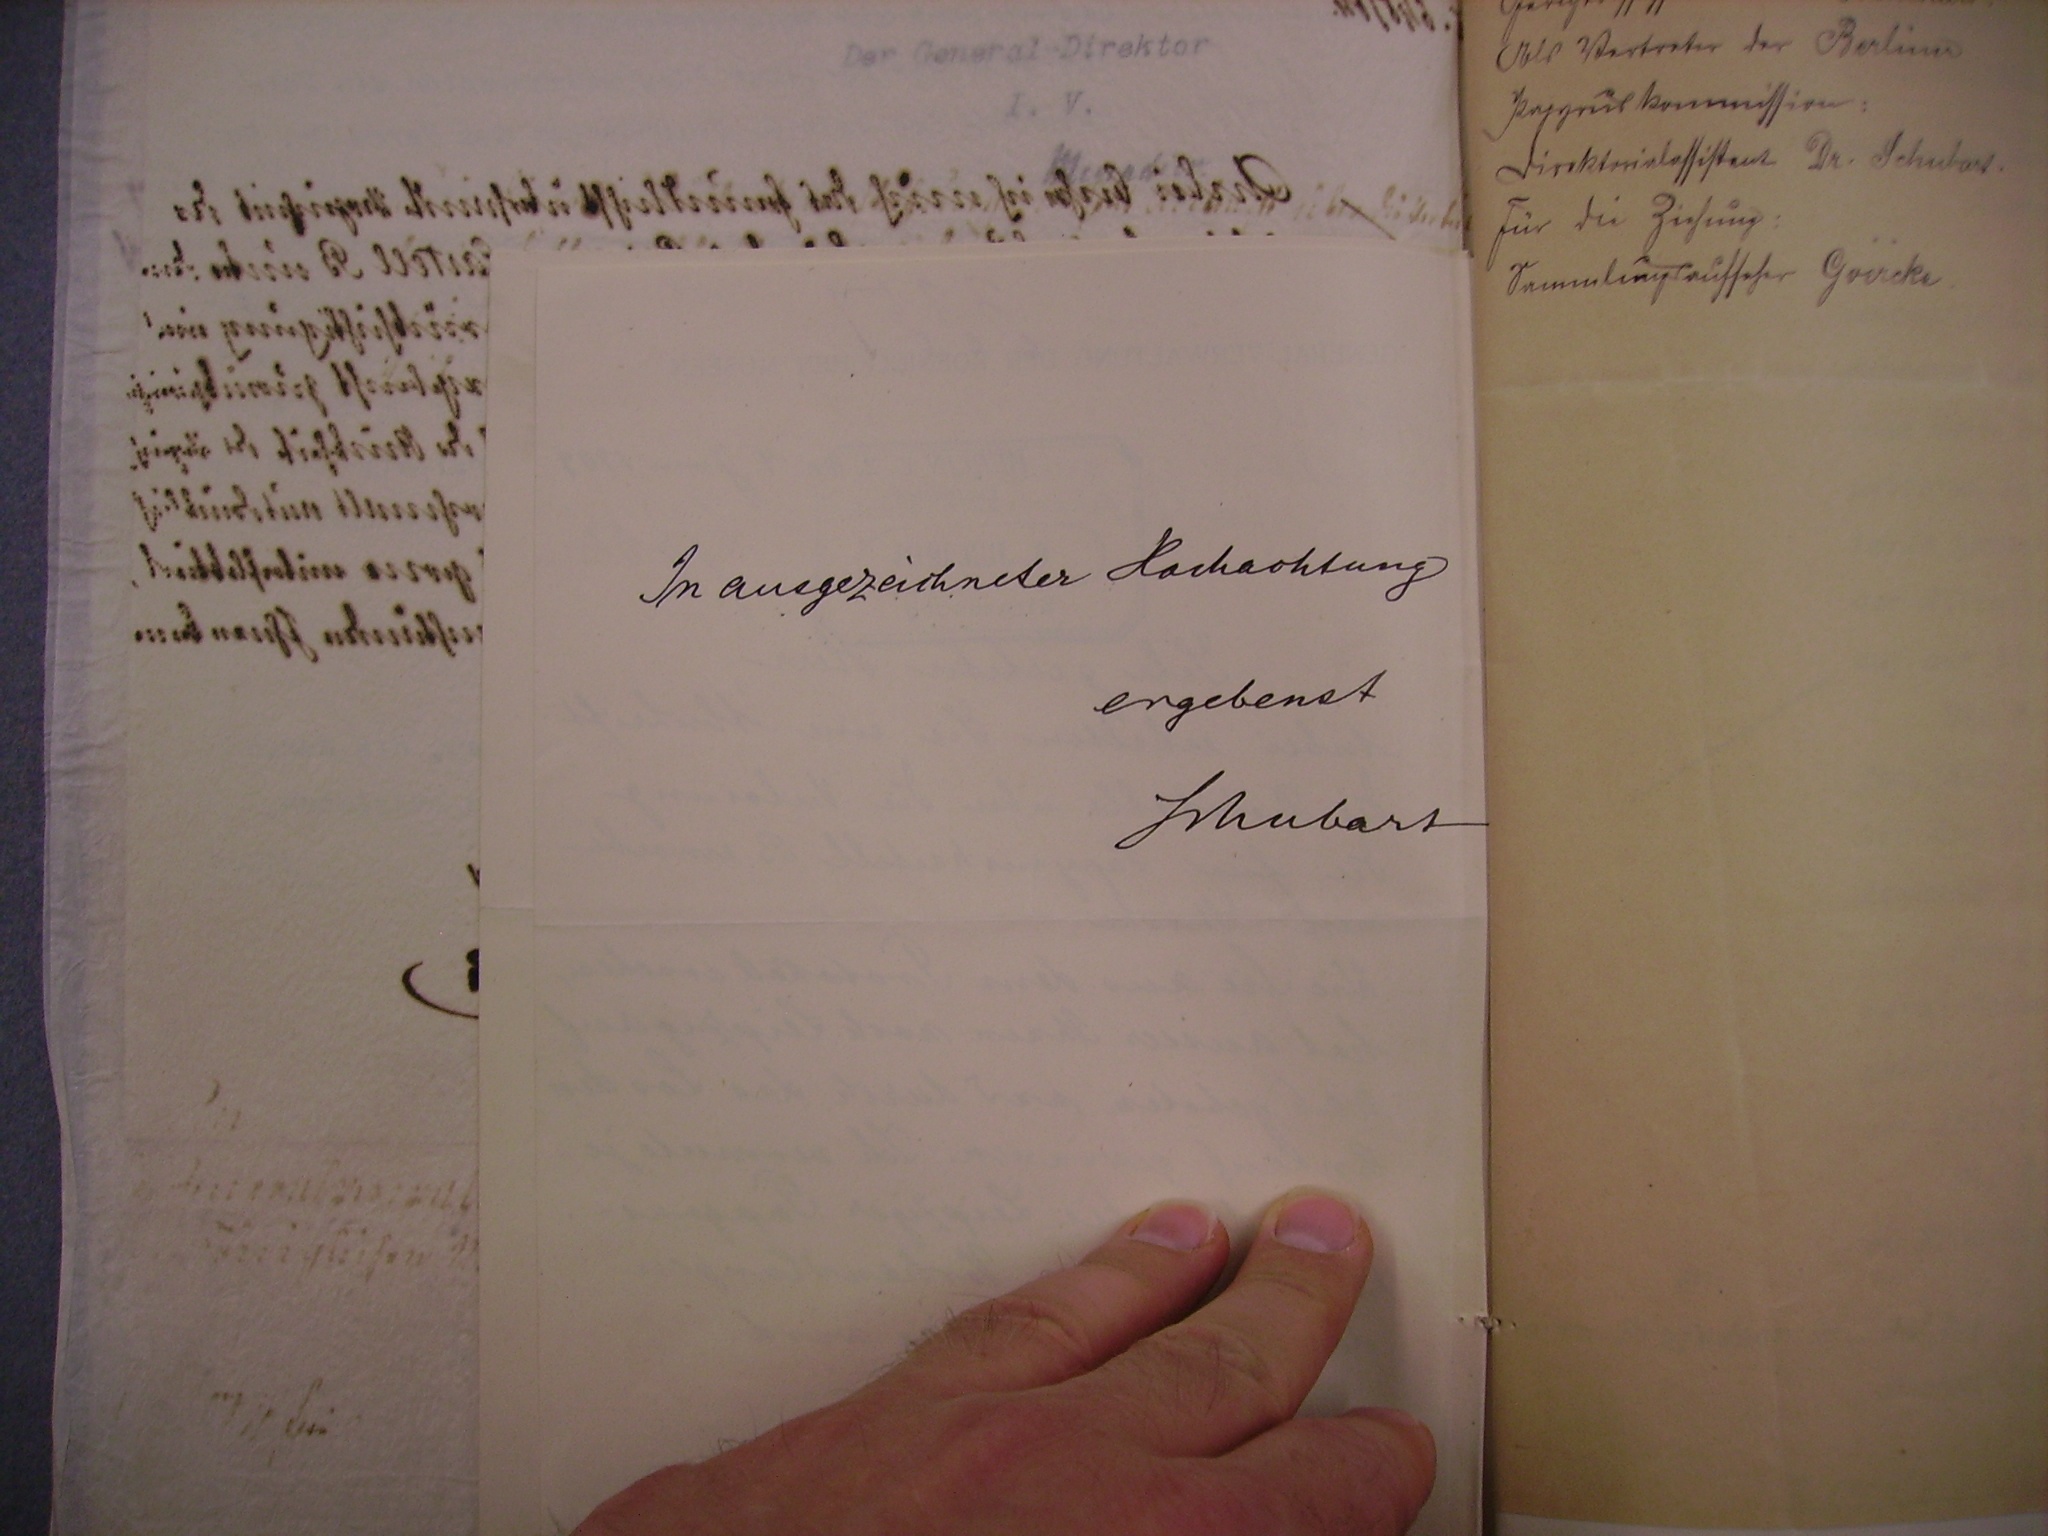
In ausgezeichneter Hochachtung
ergebenst
Schubart